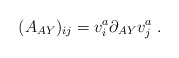
\begin{align*}(A_{AY})_{ij} =v^a_i\partial_{AY}v^a_j\; .\end{align*}